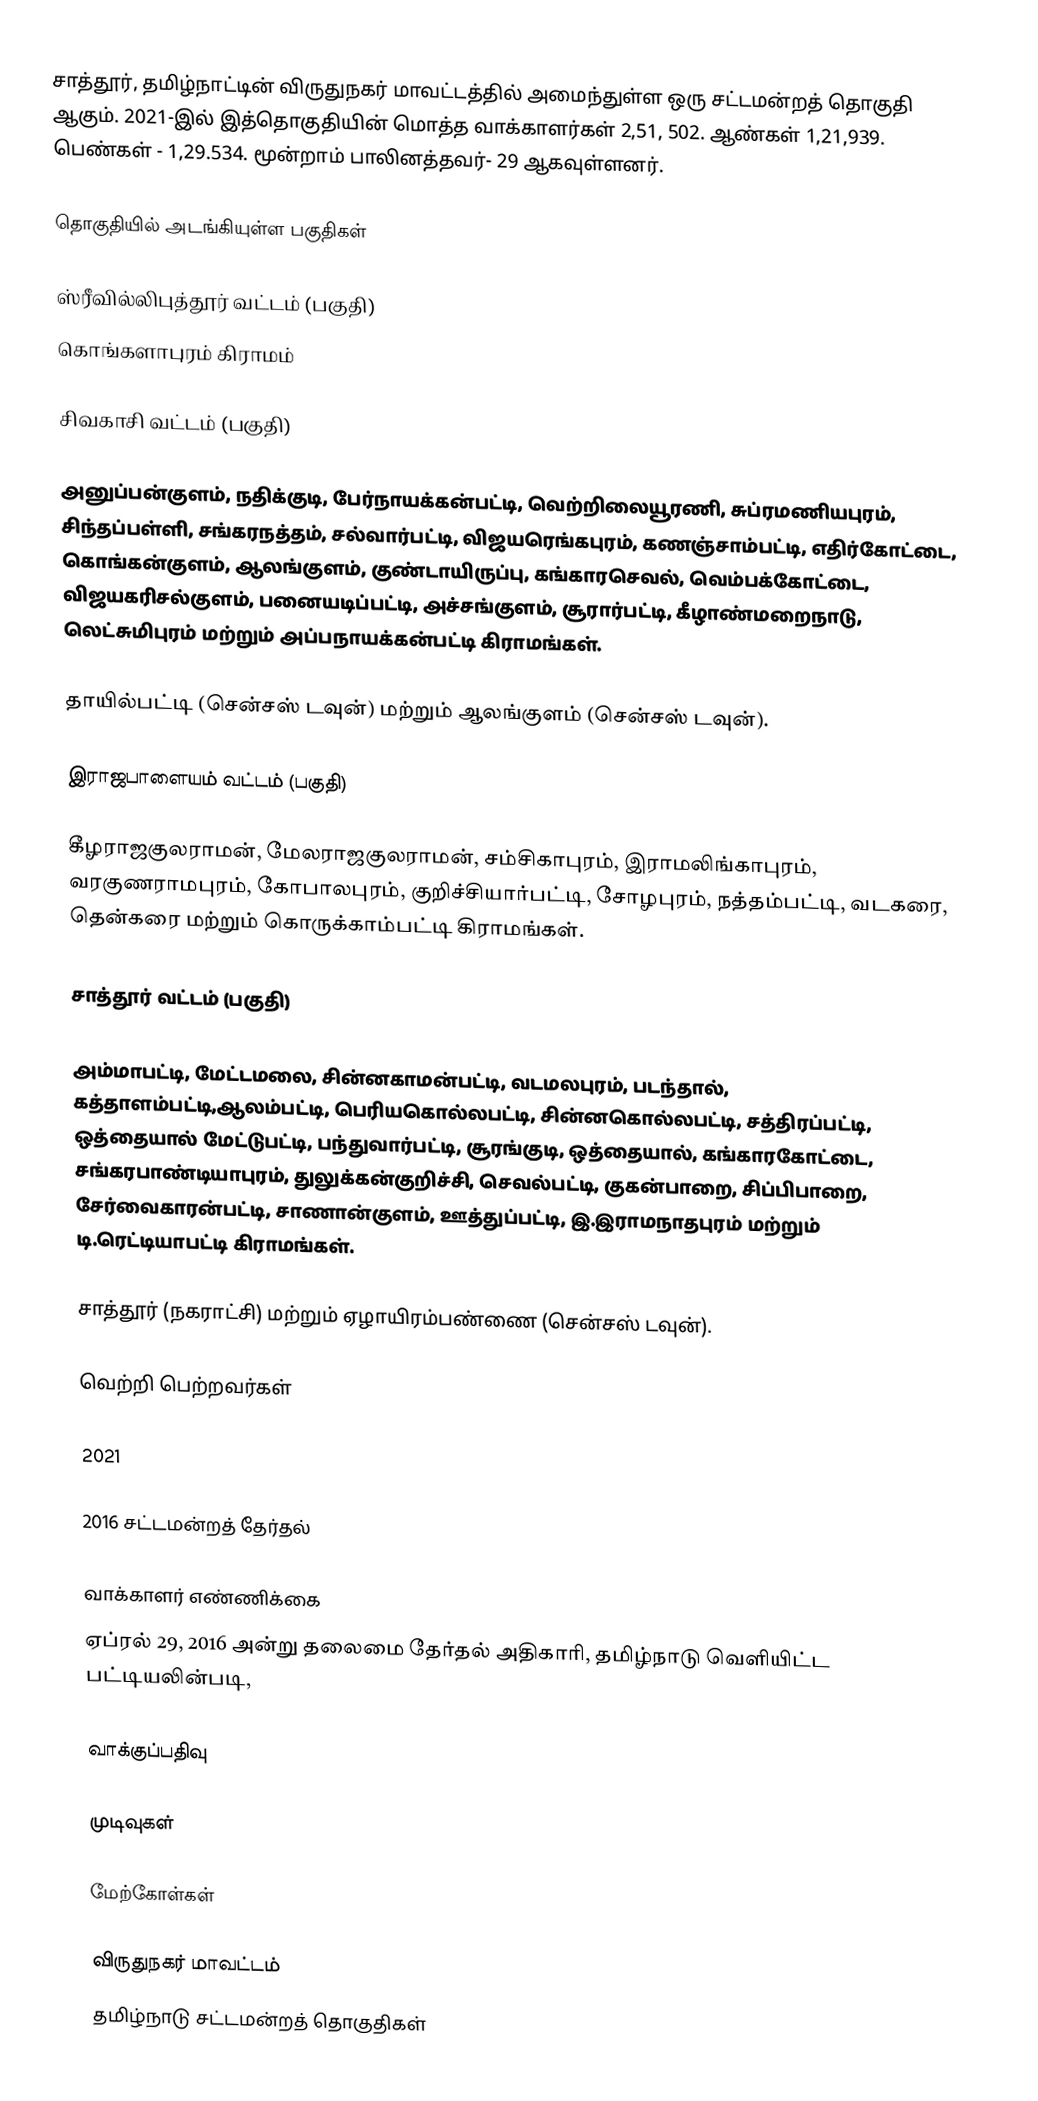
சாத்தூர், தமிழ்நாட்டின் விருதுநகர் மாவட்டத்தில் அமைந்துள்ள ஒரு சட்டமன்றத் தொகுதி ஆகும். 2021-இல் இத்தொகுதியின்  மொத்த வாக்காளர்கள் 2,51, 502. ஆண்கள் 1,21,939. பெண்கள் - 1,29.534. மூன்றாம் பாலினத்தவர்- 29 ஆகவுள்ளனர்.

தொகுதியில் அடங்கியுள்ள பகுதிகள்

ஸ்ரீவில்லிபுத்தூர் வட்டம் (பகுதி)
கொங்களாபுரம் கிராமம்

சிவகாசி வட்டம் (பகுதி)

அனுப்பன்குளம், நதிக்குடி, பேர்நாயக்கன்பட்டி, வெற்றிலையூரணி, சுப்ரமணியபுரம், சிந்தப்பள்ளி, சங்கரநத்தம், சல்வார்பட்டி, விஜயரெங்கபுரம், கணஞ்சாம்பட்டி, எதிர்கோட்டை, கொங்கன்குளம், ஆலங்குளம், குண்டாயிருப்பு, கங்காரசெவல், வெம்பக்கோட்டை, விஜயகரிசல்குளம், பனையடிப்பட்டி, அச்சங்குளம், சூரார்பட்டி, கீழாண்மறைநாடு, லெட்சுமிபுரம் மற்றும் அப்பநாயக்கன்பட்டி கிராமங்கள்.

தாயில்பட்டி (சென்சஸ் டவுன்) மற்றும் ஆலங்குளம் (சென்சஸ் டவுன்).

இராஜபாளையம் வட்டம் (பகுதி)

கீழராஜகுலராமன், மேலராஜகுலராமன், சம்சிகாபுரம், இராமலிங்காபுரம், வரகுணராமபுரம், கோபாலபுரம், குறிச்சியார்பட்டி, சோழபுரம், நத்தம்பட்டி, வடகரை, தென்கரை மற்றும் கொருக்காம்பட்டி கிராமங்கள்.

சாத்தூர் வட்டம் (பகுதி)

அம்மாபட்டி, மேட்டமலை, சின்னகாமன்பட்டி, வடமலபுரம், படந்தால், கத்தாளம்பட்டி,ஆலம்பட்டி, பெரியகொல்லபட்டி, சின்னகொல்லபட்டி, சத்திரப்பட்டி, ஒத்தையால் மேட்டுபட்டி, பந்துவார்பட்டி, சூரங்குடி, ஒத்தையால், கங்காரகோட்டை, சங்கரபாண்டியாபுரம், துலுக்கன்குறிச்சி, செவல்பட்டி, குகன்பாறை, சிப்பிபாறை, சேர்வைகாரன்பட்டி, சாணான்குளம், ஊத்துப்பட்டி, இ.இராமநாதபுரம் மற்றும் டி.ரெட்டியாபட்டி கிராமங்கள்.

சாத்தூர் (நகராட்சி) மற்றும் ஏழாயிரம்பண்ணை (சென்சஸ் டவுன்).

வெற்றி பெற்றவர்கள்

2021

2016 சட்டமன்றத் தேர்தல்

வாக்காளர் எண்ணிக்கை
ஏப்ரல் 29, 2016 அன்று தலைமை தேர்தல் அதிகாரி, தமிழ்நாடு வெளியிட்ட பட்டியலின்படி,

வாக்குப்பதிவு

முடிவுகள்

மேற்கோள்கள்

விருதுநகர் மாவட்டம்
தமிழ்நாடு சட்டமன்றத் தொகுதிகள்